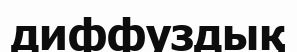
диффуздық